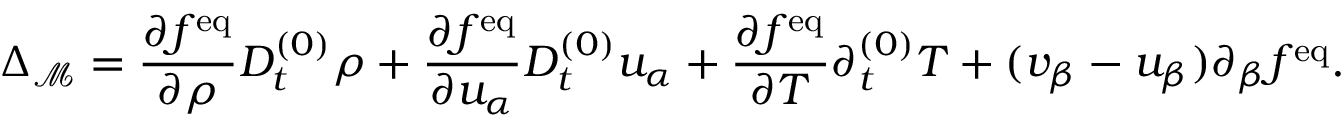
\Delta _ { \mathcal { M } } = \frac { \partial f ^ { \mathrm { e q } } } { \partial \rho } D _ { t } ^ { ( 0 ) } \rho + \frac { \partial f ^ { \mathrm { e q } } } { \partial u _ { \alpha } } D _ { t } ^ { ( 0 ) } u _ { \alpha } + \frac { \partial f ^ { \mathrm { e q } } } { \partial T } \partial _ { t } ^ { ( 0 ) } T + ( v _ { \beta } - u _ { \beta } ) \partial _ { \beta } f ^ { \mathrm { e q } } .